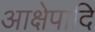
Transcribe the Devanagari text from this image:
आक्षेपादि